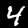
Digit: 4